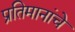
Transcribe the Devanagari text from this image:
प्रतिमानांचे